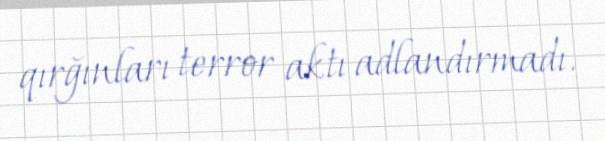
qırğınları terror aktı adlandırmadı.